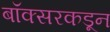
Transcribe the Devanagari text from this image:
बॉक्सरकडून